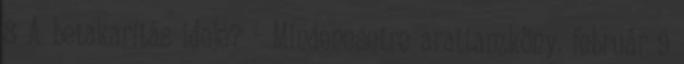
8 A betakarítás ideje? - Mindenesetre arattam.köny. február 9